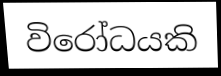
විරෝධයකි